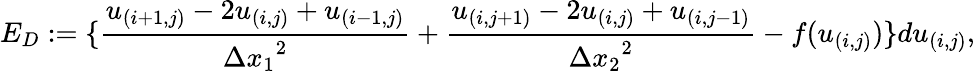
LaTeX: E_{D}:=\{ \frac{u_{(i+1,j)}-2u_{(i,j)}+u_{(i-1,j)}}{{\Delta x_{1}}^{2}}+\frac{u_{(i,j+1)}-2u_{(i,j)}+u_{(i,j-1)}}{{\Delta x_{2}}^{2}}-f(u_{(i,j)})\} du_{(i,j)},